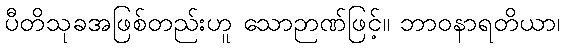
ပီတိသုခအဖြစ်တည်းဟူ သောဉာဏ်ဖြင့်။ ဘာဝနာရတိယာ၊